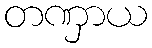
တဏှာယ